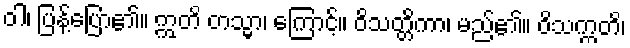
ဝါ၊ ပြန့်ပြော၏။ ဣတိ တသ္မာ၊ ကြောင့်။ ဝိသတ္တိကာ၊ မည်၏။ ဝိသက္ကတိ၊